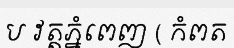
ប វត្តភ្នំពេញ ( កំពត